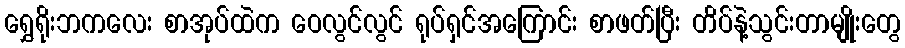
ရွှေရိုးဘကလေး စာအုပ်ထဲက ဝေလွင်လွင် ရုပ်ရှင်အကြောင်း စာဖတ်ပြီး တိပ်နဲ့သွင်းတာမျိုးတွေ